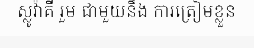
ស្លូវ៉ាគី រួម ជាមួយនឹង ការត្រៀមខ្លួន